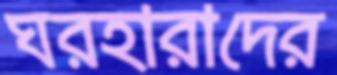
ঘরহারাদের